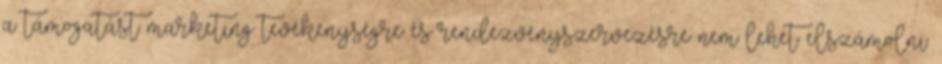
a támogatást marketing tevékenységre és rendezvényszervezésre nem lehet elszámolni.